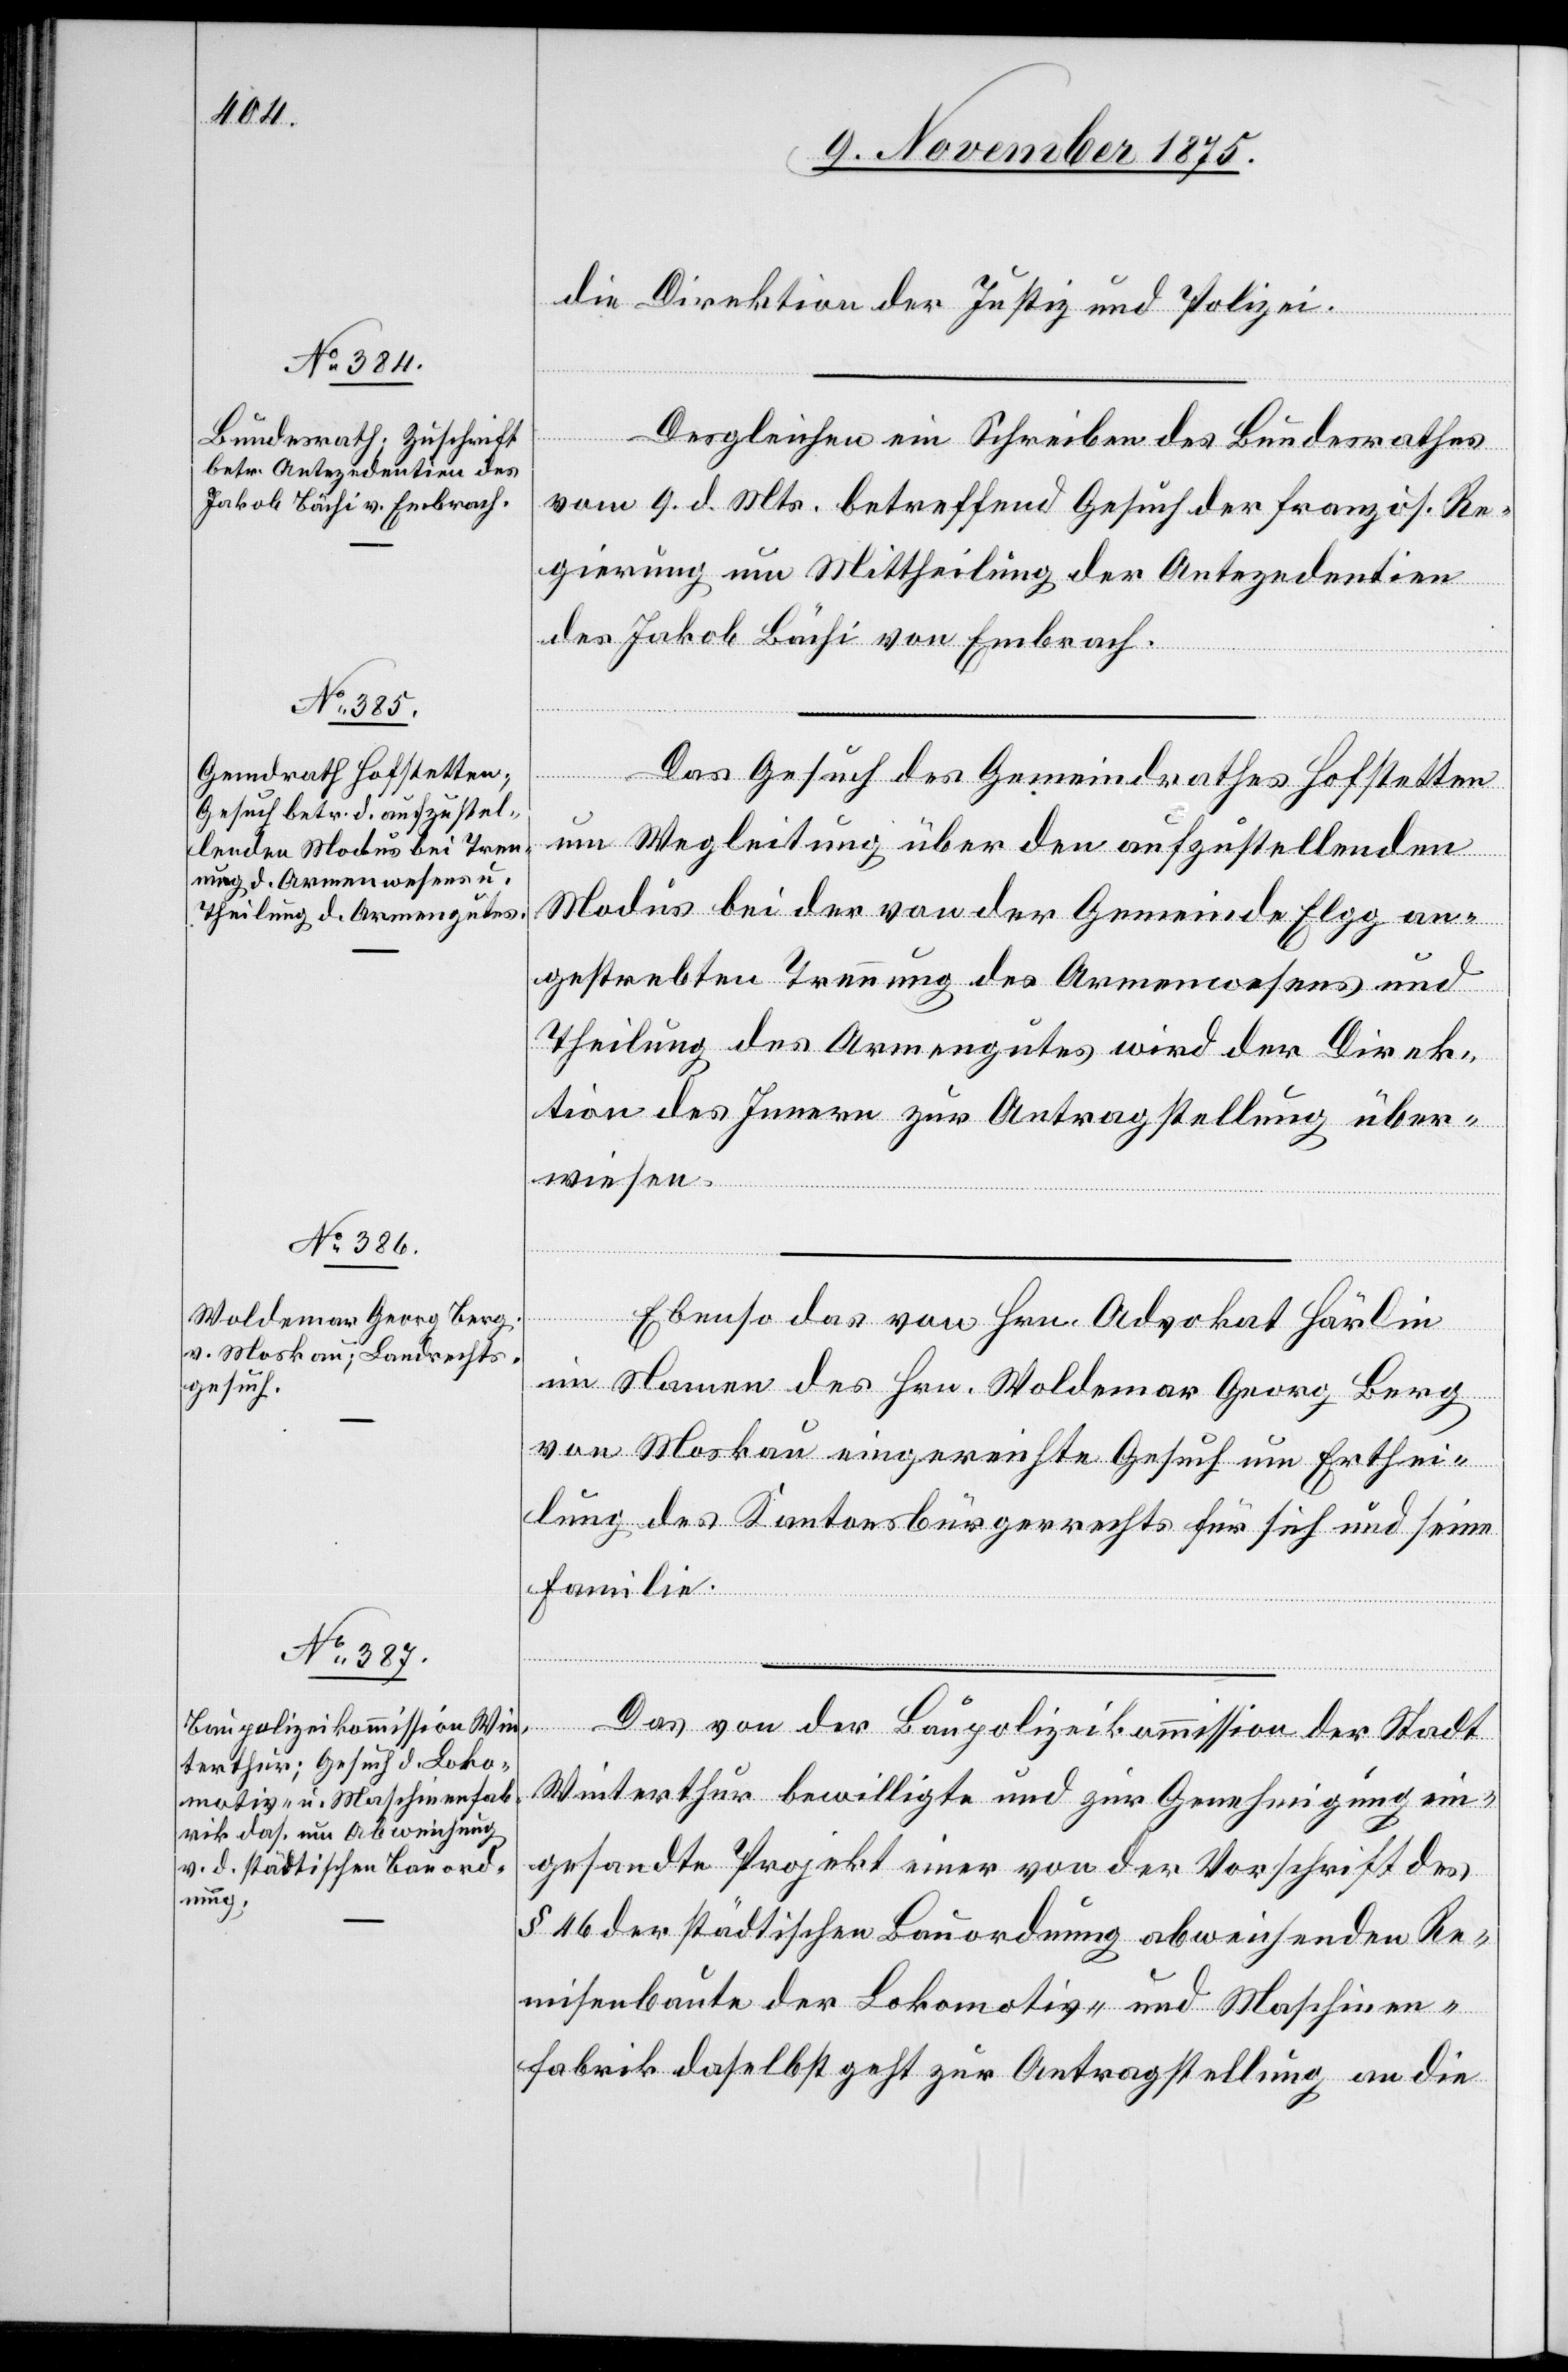
12. November 1875.]
die Direktion der Justiz und Polizei.
Desgleichen ein Schreiben des Bundesrathes
vom 9. d. Mts. betreffend Gesuch der französ. Re¬
gierung um Mittheilung der Antezedentien
des Jakob Bächi von Embrach.
der
Das Gesuch des Gemeindrathes Hofstetten
um Wegleitung über den aufzustellenden
Modus bei der von der Gemeinde Elgg an¬
gestrebten Trennung des Armenwesens und
Theilung des Armengutes wird der Direk¬
tion des Innern zur Antragstellung über¬
wiesen.
im Namen des Hrn. Woldemar Georg Berg
von Moskau eingereichte Gesuch um Erthei¬
lung des Kantonsbürgerrechts für sich und seine
Familie.
Winterthur bewilligte und zur Genehmigung ein¬
gesandte Projekt einer von der Vorschrift des
§ 46 der städtischen Bauordnung abweichenden Re¬
misenbaute der Lokomotiv- und Maschinen¬
fabrik daselbst geht zur Antragstellung an die

von